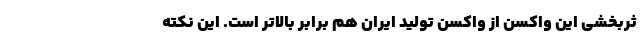
ثربخشی این واکسن از واکسن تولید ایران هم برابر بالاتر است. این نکته